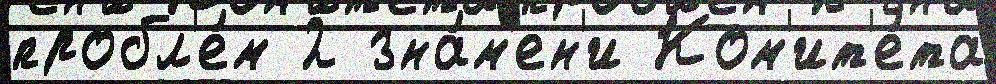
пробл'е́м 2 зна́м'ен'и Ком'ит'е́та